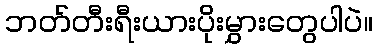
ဘတ်တီးရီးယားပိုးမွှားတွေပါပဲ။